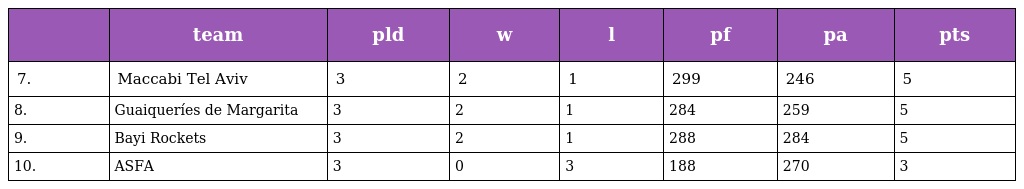
|  | team | pld | w | l | pf | pa | pts |
 | --- | --- | --- | --- | --- | --- | --- | --- |
 | 7. | Maccabi Tel Aviv | 3 | 2 | 1 | 299 | 246 | 5 |
 | 8. | Guaiqueríes de Margarita | 3 | 2 | 1 | 284 | 259 | 5 |
 | 9. | Bayi Rockets | 3 | 2 | 1 | 288 | 284 | 5 |
 | 10. | ASFA | 3 | 0 | 3 | 188 | 270 | 3 |